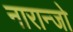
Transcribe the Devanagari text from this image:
नारान्जो